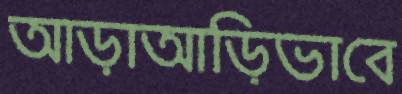
আড়াআড়িভাবে